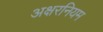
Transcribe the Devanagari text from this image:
अक्षरनियम